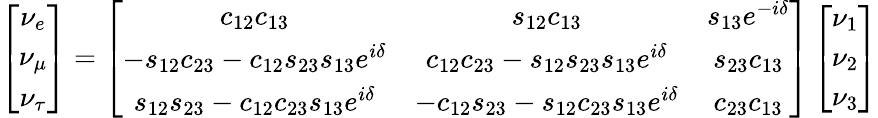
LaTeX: \left[\begin{array}{cc}{{\nu_{e}}}\\ {{\nu_{\mu}}}\\ {{\nu_{\tau}}}\end{array}\right]=\left[\begin{array}{ccc}{{c_{12}c_{13}}}&{{s_{12}c_{13}}}&{{s_{13}e^{-i\delta}}}\\ {{-s_{12}c_{23}-c_{12}s_{23}s_{13}e^{i\delta}}}&{{c_{12}c_{23}-s_{12}s_{23}s_{13}e^{i\delta}}}&{{s_{23}c_{13}}}\\ {{s_{12}s_{23}-c_{12}c_{23}s_{13}e^{i\delta}}}&{{-c_{12}s_{23}-s_{12}c_{23}s_{13}e^{i\delta}}}&{{c_{23}c_{13}}}\end{array}\right]\left[\begin{array}{cc}{{\nu_{1}}}\\ {{\nu_{2}}}\\ {{\nu_{3}}}\end{array}\right]